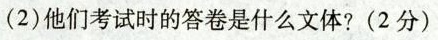
(2)他们考试时的答卷是什么文体?(2分)